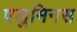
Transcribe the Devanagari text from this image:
एलुमिनस